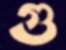
গু